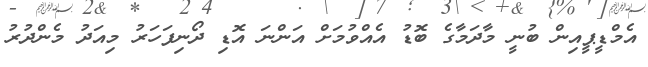
އެމްޑީޕީއިން ބުނީ މާދަމާގެ ބޮޑު އެއްވުމަށް އަންނަ އޮޑި ދޯނިފަހަރު މިއަދު މެންދުރު